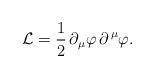
LaTeX: \begin{align*}{\cal L} =\frac{1}{2} \, \partial_\mu \varphi \, \partial^{\, \mu} \varphi.\end{align*}